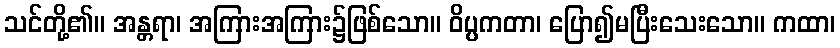
သင်တို့၏။ အန္တရာ၊ အကြားအကြား၌ဖြစ်သော။ ဝိပ္ပကတာ၊ ပြော၍မပြီးသေးသော။ ကထာ၊